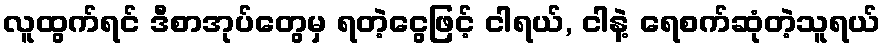
လူထွက်ရင် ဒီစာအုပ်တွေမှ ရတဲ့ငွေဖြင့် ငါရယ်, ငါနဲ့ ရေစက်ဆုံတဲ့သူရယ်